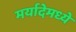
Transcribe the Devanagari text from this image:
मर्यादेमध्ये